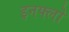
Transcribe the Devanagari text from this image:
इनफ्लो